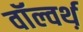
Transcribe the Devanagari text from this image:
वॉल्वर्थ़